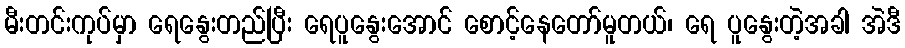
မီးတင်းကုပ်မှာ ရေနွေးတည်ပြီး ရေပူနွေးအောင် စောင့်နေတော်မူတယ်၊ ရေ ပူနွေးတဲ့အခါ အဲဒီ